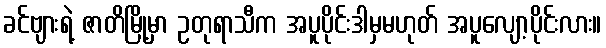
ခင်ဗျားရဲ့ ဇာတိမြို့မှာ ဥတုရာသီက အပူပိုင်းဒါမှမဟုတ် အပူလျော့ပိုင်းလား။